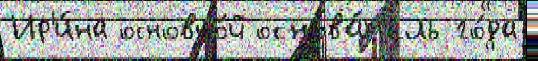
Ир'и́на основно́й основа́т'ель го́да